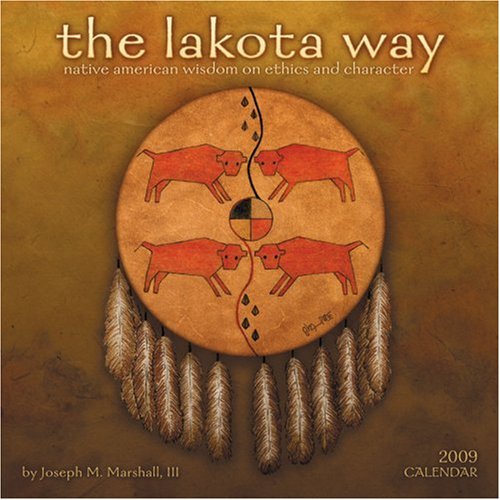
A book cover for The Lakota Way 2009 Wall Calendar; Joseph M. Marshall III; Calendars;